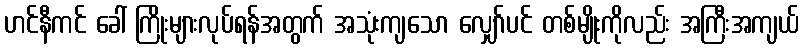
ဟင်နီကင် ခေါ် ကြိုးများလုပ်ရန်အတွက် အသုံးကျသော လျှော်ပင် တစ်မျိုးကိုလည်း အကြီးအကျယ်